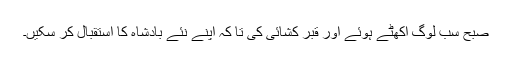
صبح سب لوگ اکھٹے ہوئے اور قبر کشائی کی تا کہ اپنے نئے بادشاہ کا استقبال کر سکیں۔